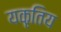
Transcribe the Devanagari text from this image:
यकृतिय